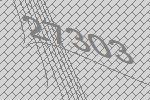
27303